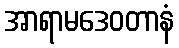
အာရာမဒေဝတာနံ